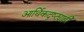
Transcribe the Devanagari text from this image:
आर्थिकदृष्ट्याही